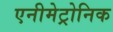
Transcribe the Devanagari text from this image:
एनीमेट्रोनिक